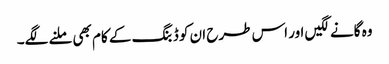
وہ گانے لگیں اور اس طرح ان کو ڈبنگ کے کام بھی ملنے لگے۔